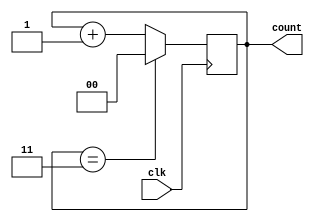
`timescale 1ns / 1ps
//////////////////////////////////////////////////////////////////////////////////
// Company: 
// Engineer: 
// 
// Design Name: 
// Module Name: Counter4
// Project Name: 
// Target Devices: 
// Tool Versions: 
// Description: 
// 
// Dependencies: 
// 
// Revision:
// Revision 0.01 - File Created
// Additional Comments:
// 
//////////////////////////////////////////////////////////////////////////////////


module Counter4(
    input clk,
    output reg [1:0] count
    );
    
    always @(posedge clk) begin
        if(count == 2'b11) count <= 0;
        else count <= count + 1;
    end
    
endmodule